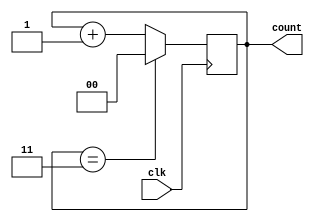
`timescale 1ns / 1ps
//////////////////////////////////////////////////////////////////////////////////
// Company: 
// Engineer: 
// 
// Design Name: 
// Module Name: Counter4
// Project Name: 
// Target Devices: 
// Tool Versions: 
// Description: 
// 
// Dependencies: 
// 
// Revision:
// Revision 0.01 - File Created
// Additional Comments:
// 
//////////////////////////////////////////////////////////////////////////////////


module Counter4(
    input clk,
    output reg [1:0] count
    );
    
    always @(posedge clk) begin
        if(count == 2'b11) count <= 0;
        else count <= count + 1;
    end
    
endmodule